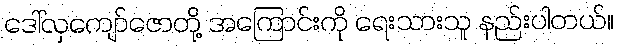
ဒေါ်လှကျော်ဇောတို့ အကြောင်းကို ရေးသားသူ နည်းပါတယ်။